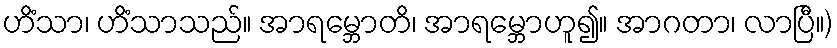
ဟိံသာ၊ ဟိံသာသည်။ အာရမ္ဘောတိ၊ အာရမ္ဘောဟူ၍။ အာဂတာ၊ လာပြီ။)